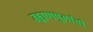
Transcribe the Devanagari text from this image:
उड्डाणपुलांची